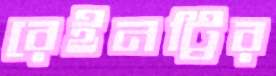
রেইনট্রির